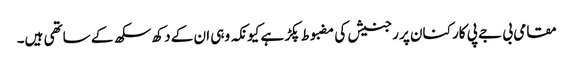
مقامی بی جے پی کارکنان پر رجنیش کی مضبوط پکڑ ہے کیونکہ وہی ان کے دکھ سکھ کے ساتھی ہیں۔